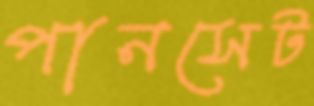
পানসেট